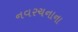
નવરચનાના